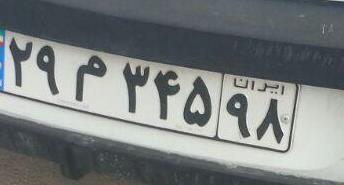
۲۹م۳۴۵۹۸